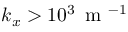
k _ { x } > 1 0 ^ { 3 } \, \mathrm { ~ m ~ } ^ { - 1 }